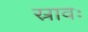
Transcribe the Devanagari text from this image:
स्रावः